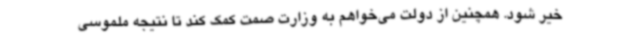
خیر شود. همچنین از دولت می‌خواهم به وزارت صمت کمک کند تا نتیجه ملموسی